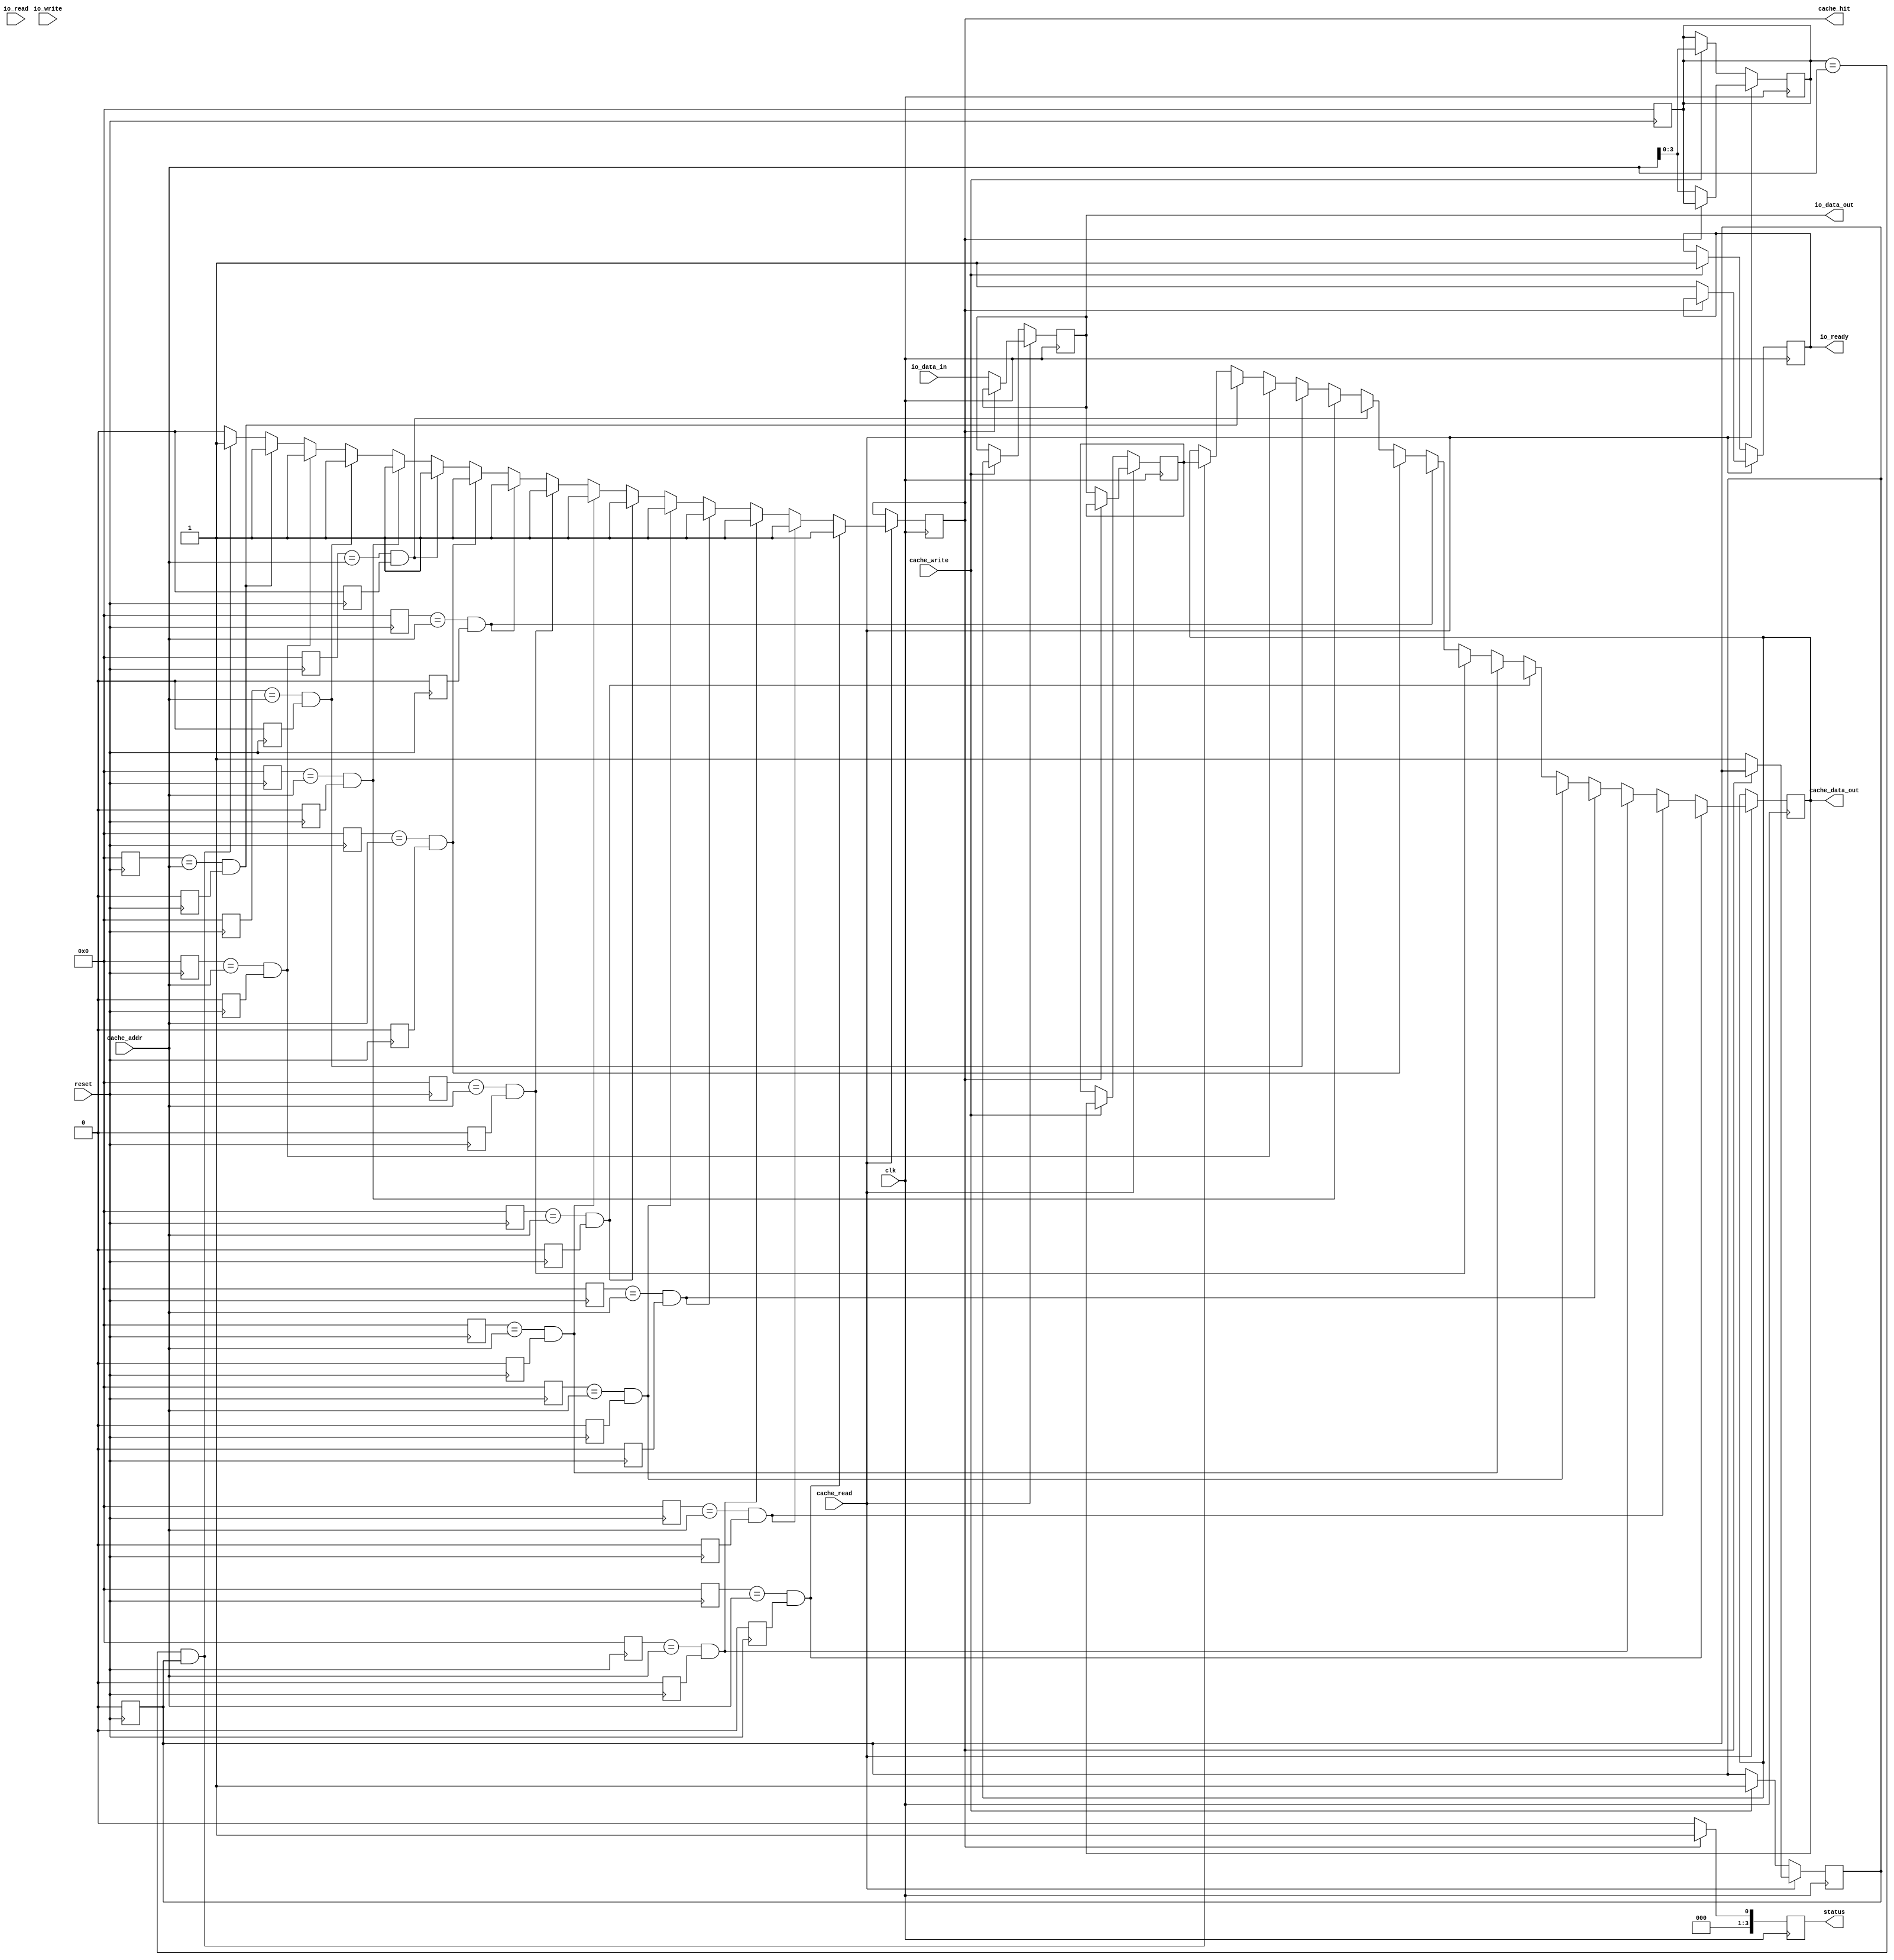
module IO_Block_with_Separate_Cache (
    input wire clk,
    input wire reset,
    // I/O Interface Signals
    input wire [7:0] io_data_in,
    input wire io_read,
    input wire io_write,
    output reg [7:0] io_data_out,
    output reg io_ready,
    
    // Cache Signals
    input wire [7:0] cache_addr,
    input wire cache_read,
    input wire cache_write,
    output reg [7:0] cache_data_out,
    output reg cache_hit,
    
    // Status Signals
    output reg [3:0] status
);

    // Cache parameters
    parameter CACHE_SIZE = 16; // Number of lines in cache
    parameter LINE_SIZE = 8;    // Number of bytes per line
    parameter ADDR_WIDTH = 4;   // Address width for cache
    
    // Cache Memory
    reg [7:0] cache_mem [0:CACHE_SIZE-1][0:LINE_SIZE-1];
    reg [ADDR_WIDTH-1:0] cache_tags [0:CACHE_SIZE-1];
    reg cache_valid [0:CACHE_SIZE-1];
    
    // Cache Controller
    reg [7:0] current_data;
    integer i;

    // Initialize cache on reset
    always @(posedge reset) begin
        for (i = 0; i < CACHE_SIZE; i = i + 1) begin
            cache_valid[i] <= 0;
            cache_tags[i] <= 0;
        end
    end

    // Cache Read/Write Operations
    always @(posedge clk) begin
        if (cache_read) begin
            cache_hit <= 0;
            for (i = 0; i < CACHE_SIZE; i = i + 1) begin
                if (cache_tags[i] == cache_addr && cache_valid[i]) begin
                    cache_data_out <= cache_mem[i][0]; // Read data from cache line
                    cache_hit <= 1;
                end
            end
            if (!cache_hit) begin
                // Fetch from I/O if cache miss
                io_ready <= 0;
                io_data_out <= 8'bz; // High impedance for output
                // Simulate I/O read latency
                #10 io_ready <= 1; // Assume I/O read takes some time
                io_data_out <= io_data_in; // Read from I/O
                // Store in cache (simple replacement policy)
                cache_mem[0][0] <= io_data_out; // Store in first line for simplicity
                cache_tags[0] <= cache_addr;
                cache_valid[0] <= 1;
            end
        end else if (cache_write) begin
            // Write to cache
            cache_mem[0][0] <= cache_data_out; // Write to first line for simplicity
            cache_tags[0] <= cache_addr;
            cache_valid[0] <= 1;
            // Also write to I/O
            io_ready <= 0;
            // Simulate I/O write latency
            #10 io_ready <= 1; // Assume I/O write takes some time
            io_data_out <= cache_data_out; // Write to I/O
        end
    end

    // Status Logic
    always @(posedge clk) begin
        if (cache_hit) begin
            status <= 4'b0001; // Cache hit
        end else begin
            status <= 4'b0000; // Cache miss
        end
    end

endmodule